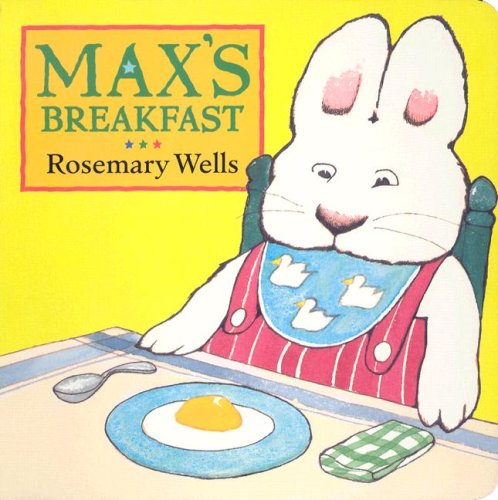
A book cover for Max's Breakfast (Max and Ruby); Rosemary Wells; Children's Books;